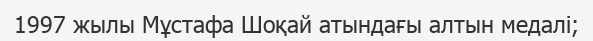
1997 жылы Мұстафа Шоқай атындағы алтын медалі;